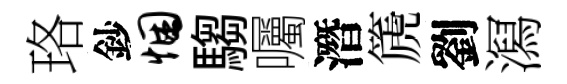
珞鈔悃騶囑潛篪劉㵼